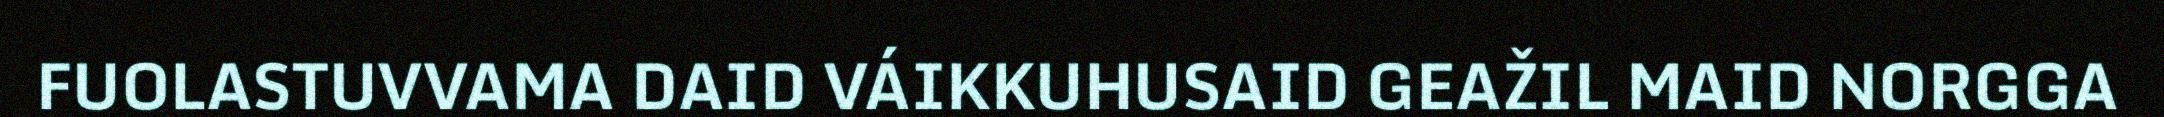
FUOLASTUVVAMA DAID VÁIKKUHUSAID GEAŽIL MAID NORGGA